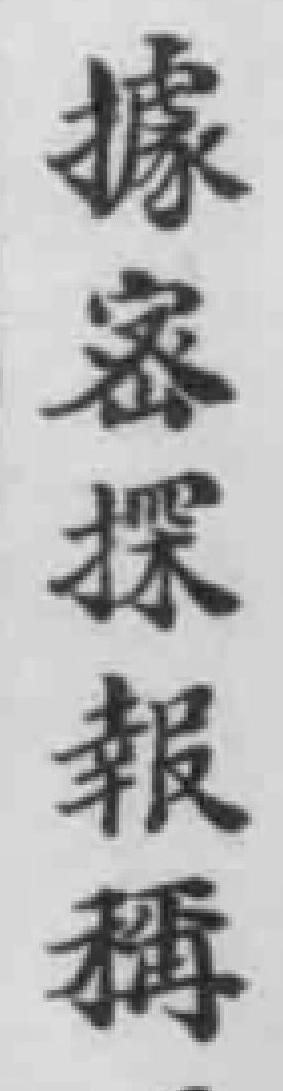
據密探報稱：